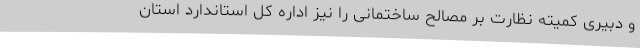
و دبیری کمیته نظارت بر مصالح ساختمانی را نیز اداره کل استاندارد استان